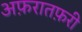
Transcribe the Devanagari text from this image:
अफ़रातफ़री